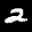
Label: 2